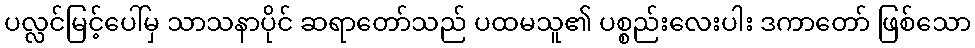
ပလ္လင်မြင့်ပေါ်မှ သာသနာပိုင် ဆရာတော်သည် ပထမသူ၏ ပစ္စည်းလေးပါး ဒကာတော် ဖြစ်သော